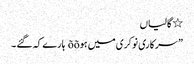
٭ گالیاں
” سرکاری نوکری میں ہوõõ ہارے کہ گئے ۔